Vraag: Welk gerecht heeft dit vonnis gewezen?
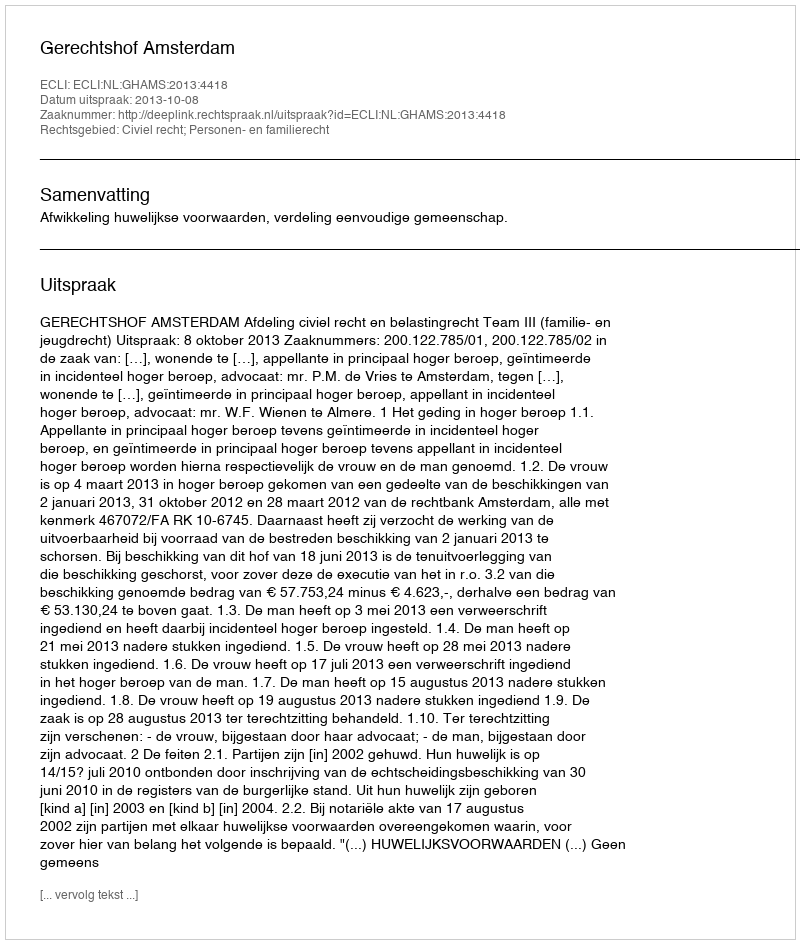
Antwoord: Gerechtshof Amsterdam